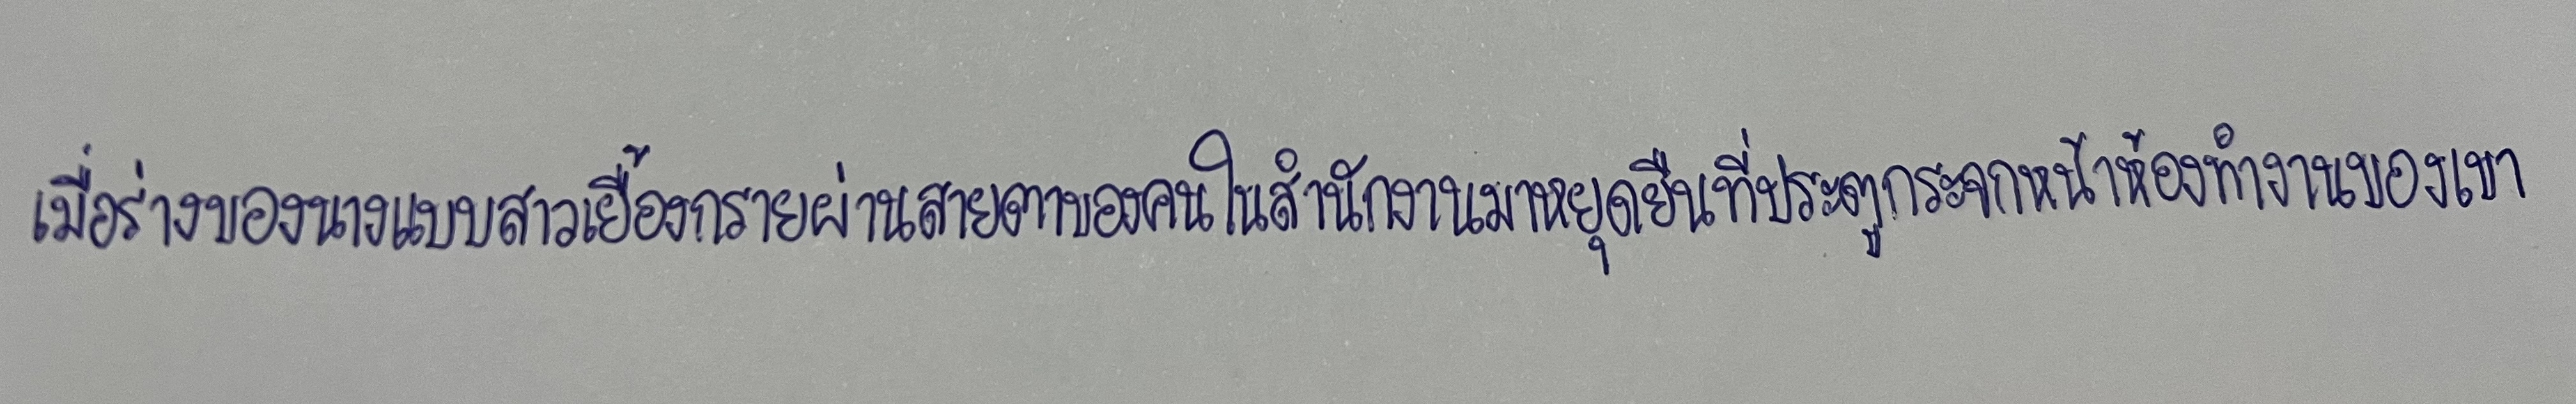
เมื่อร่างของนางแบบสาวเยื้องกรายผ่านสายตาของคนในสำนักงานมาหยุดยืนที่ประตูกระจกหน้าห้องทำงานของเขา